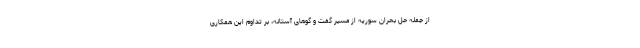
از جمله حل بحران سوریه از مسیر گفت و گوهای آستانه، بر تداوم این همکاری